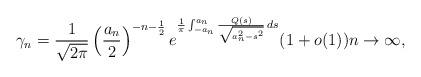
LaTeX: \begin{align*}\gamma_n=\frac{1}{\sqrt{2\pi}}\left(\frac{a_n}{2}\right)^{-n-\frac{1}{2}}e^{\frac{1}{\pi}\int_{-a_n}^{a_n}\frac{Q(s)}{\sqrt{a_n^2-s^2}} \, ds}(1+o(1)) n \to \infty,\end{align*}